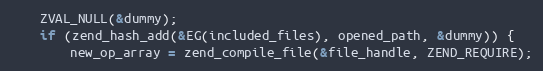
Language: C++
    ZVAL_NULL(&dummy);
    if (zend_hash_add(&EG(included_files), opened_path, &dummy)) {
        new_op_array = zend_compile_file(&file_handle, ZEND_REQUIRE);